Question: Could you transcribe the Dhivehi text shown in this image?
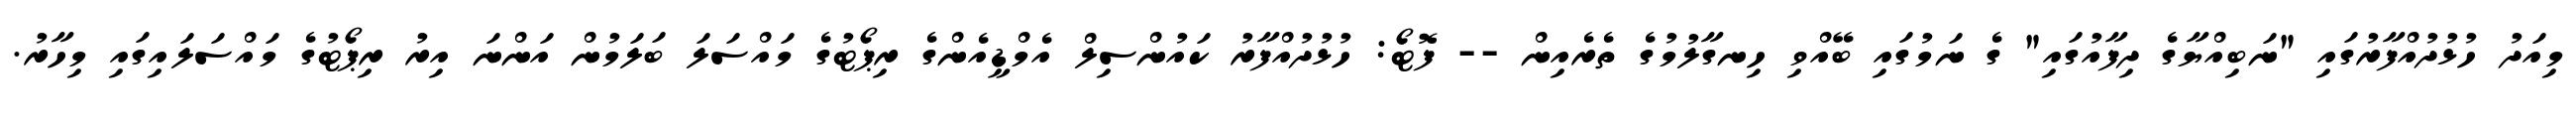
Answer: މިއަދު ހުޅުދުއްފާރުގައި "ނަބިއްޔާގެ ދިފާއުގައި" ގެ ނަމުގައި ބޭއްވި ހިނގާލުމުގެ ތެރެއިން -- ފޮޓޯ: ހުޅުދުއްފާރު ކައުންސިލް އެމްޑީއެންގެ ރިޕޯޓުގެ މައްސަލަ ބަލަމުން އަންނަ އިރު ރިޕޯޓުގެ މައްސަލައިގައި މިހާރު.